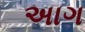
અાગ